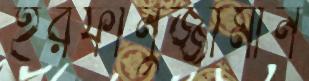
ইরফানুজ্জামান